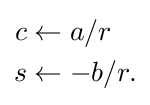
{\begin{aligned}c&{}\leftarrow a/r\\s&{}\leftarrow -b/r.\end{aligned}}